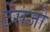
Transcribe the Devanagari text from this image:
टेराजो